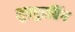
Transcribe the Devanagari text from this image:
नुरबुरग्रिंग